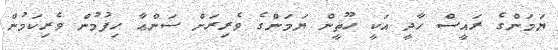
ޔަމަންގެ ރައީސް ހާދީ އަކީ ހޫޘީން ޔަމަންގެ ވެރިރަށް ސަންޢާ ހިފުމުން ވެރިކަމުން